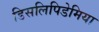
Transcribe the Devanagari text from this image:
डिसलिपिडेमिया